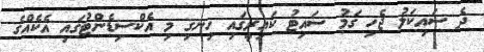
ދެ ސައިކަލު ޖެހި ގަމު ސައިޓު ކައިރީގައި ހިނގި މި އެކްސިޑެންޓުގައި އެކެއްގެ